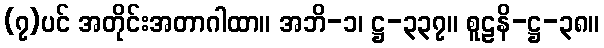
(၇)ပင် အတိုင်းအတာဂါထာ။ အဘိ-၁၊ ဋ္ဌ-၃၃၇။ စူဠနိ-ဋ္ဌ-၃၈။